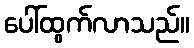
ပေါ်ထွက်လာသည်။